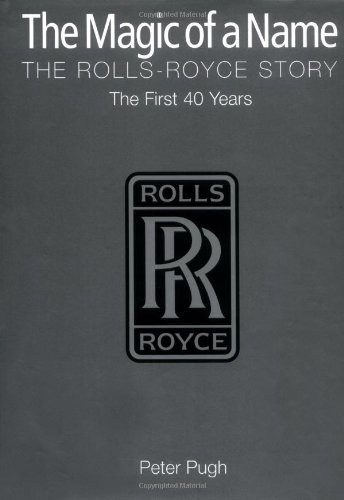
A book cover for The Magic of a Name: The Rolls-Royce Story Part One: The First Forty Years; Peter Pugh; Engineering & Transportation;